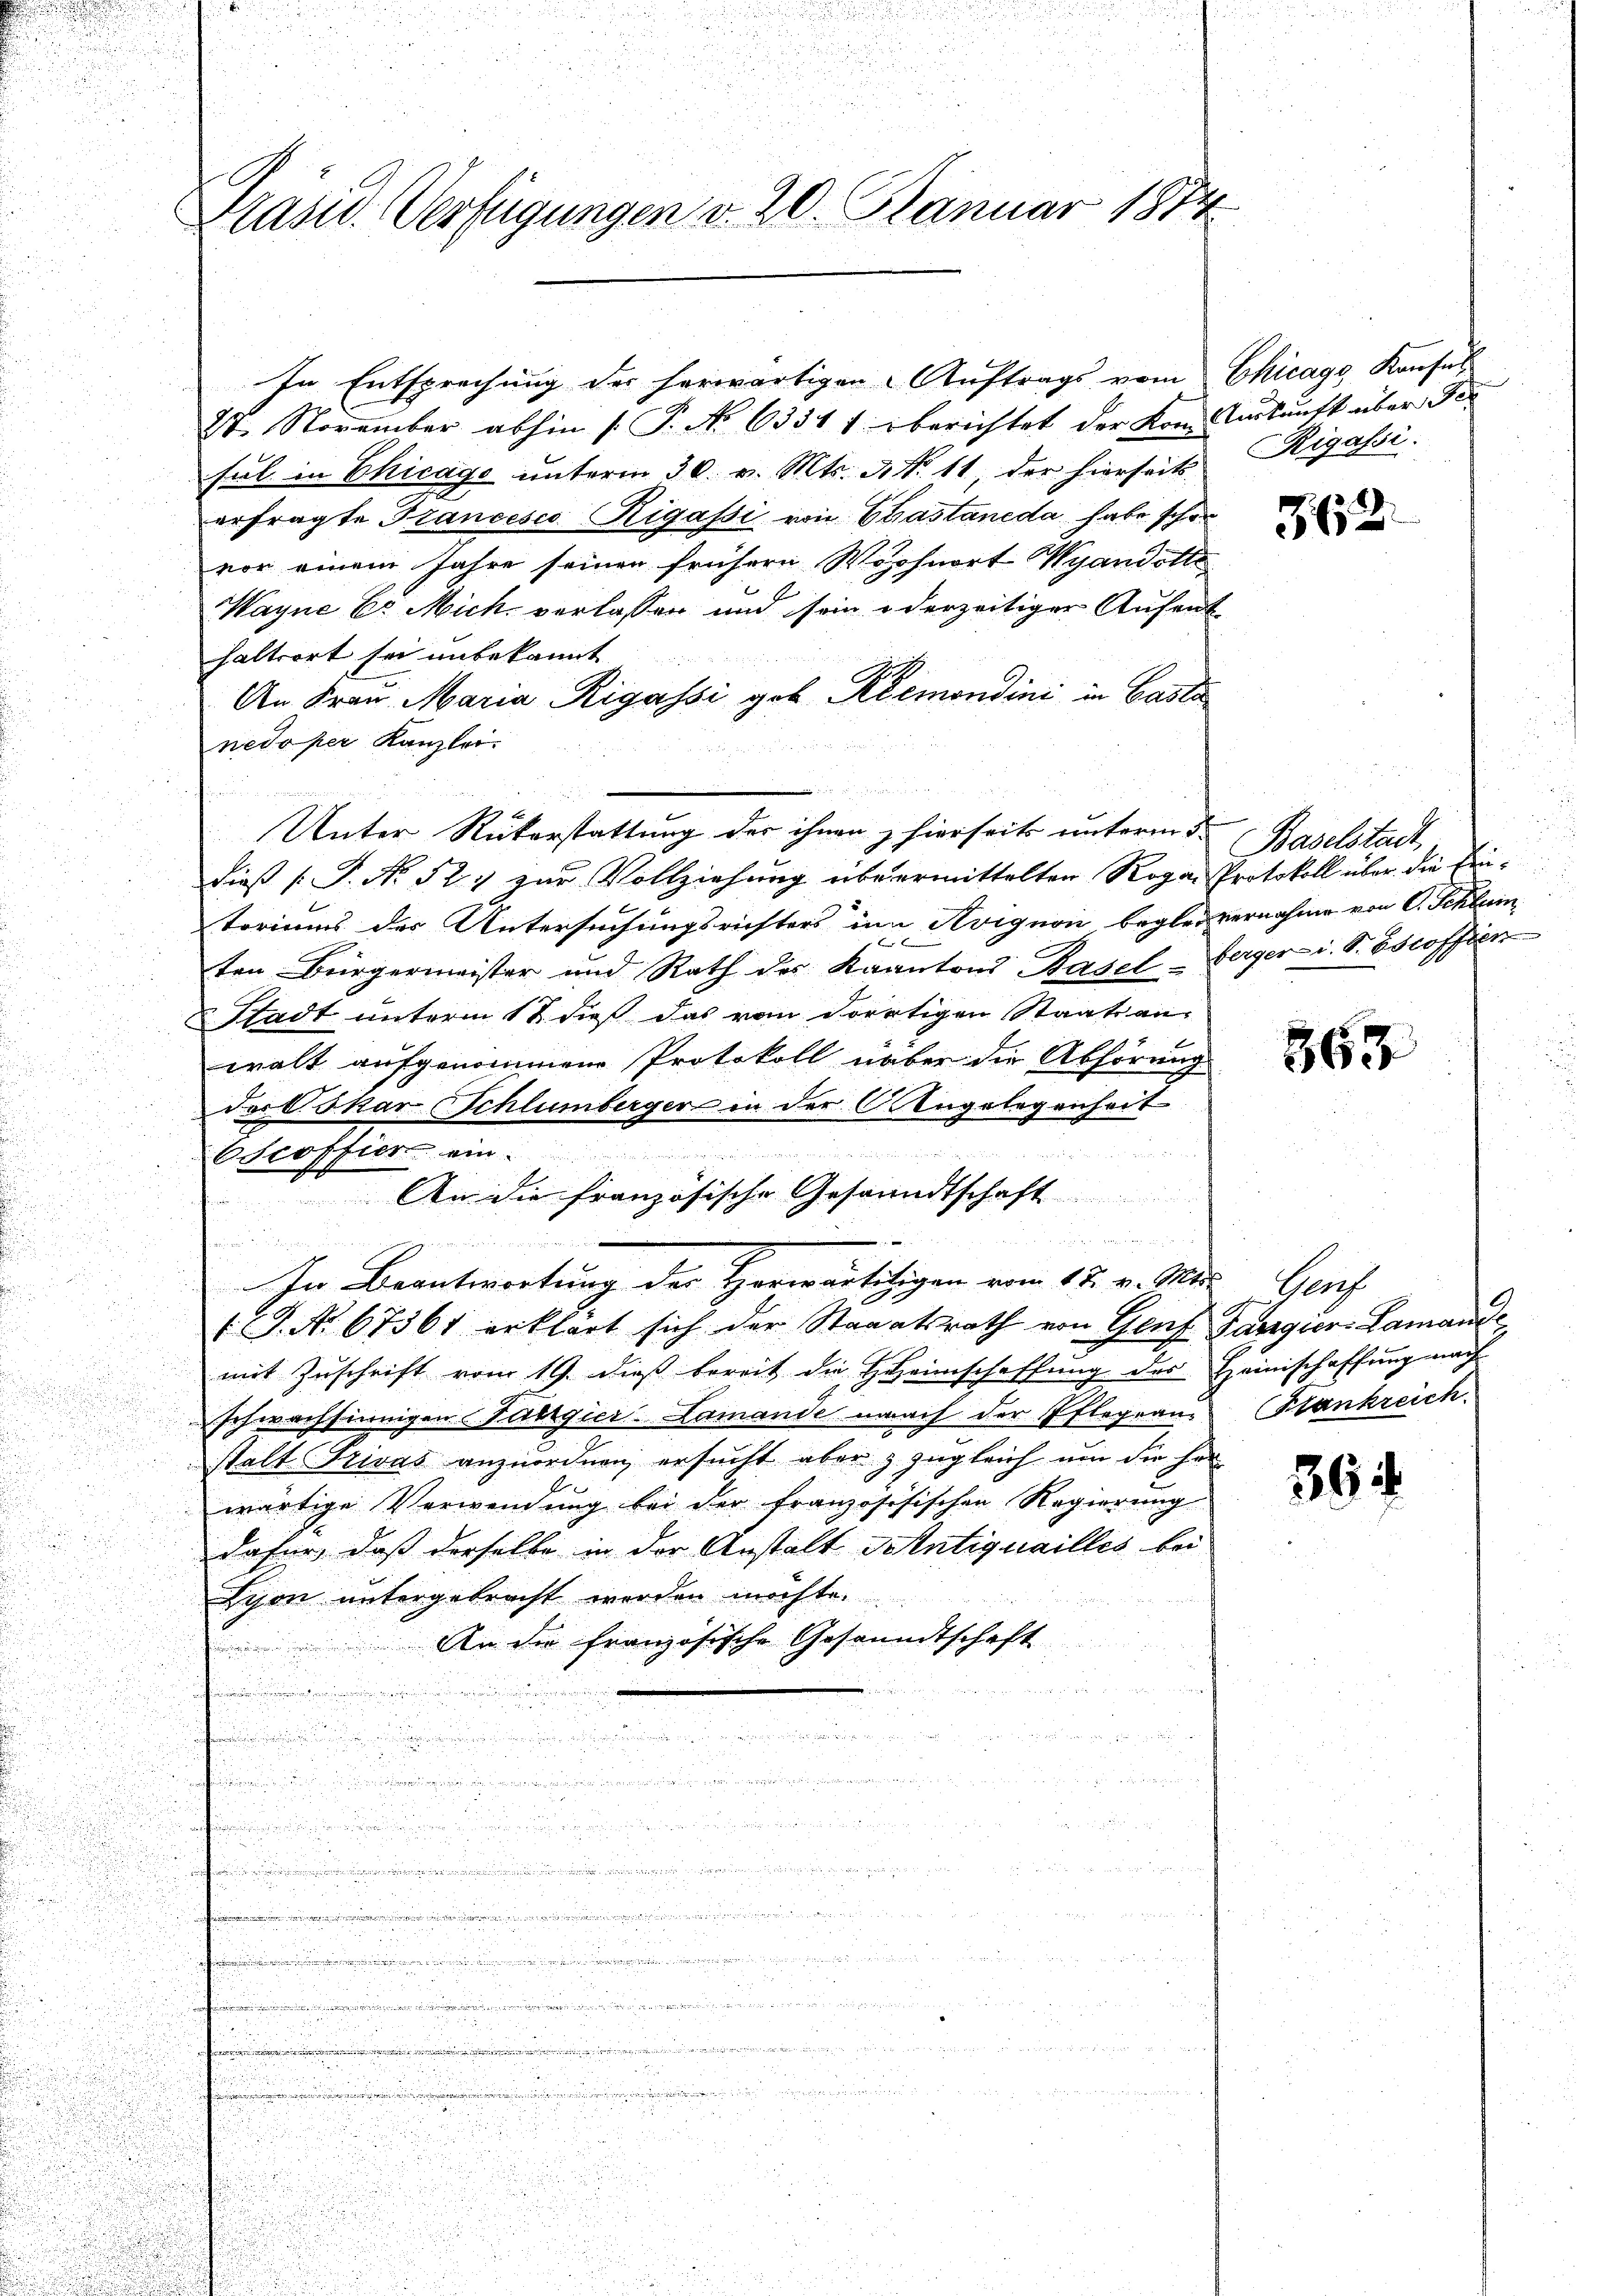
n
e

Präsid. Verfügungen v. 20. Januar 1874

In Entsprechung der herwärtigen Auftrags vom Chicago Konsul
St. November abhin (T. No 6331 1 berichtet der Kon. Auskunft über der
sul in Chicago unterm 30. v. Mts. N. N. 11 der hierseits
erfragte Trancesco Rigassi von Chastaneda habe schon
vor einem Jahre seinen frühern Wohnort Wyandotte
Wayne Er Mich verlassen und sein oderzeitiger Aufent
haltsort sei unbekannt
An Frau Maria Rigassi geb Riemondini in Casta
nedaper Kanzlei.
u
Unter Rükerstattung der ihnen, hierseits unterm 5
dieß P. Nr. 52) zur Vollziehung übermittelten Roga Protokoll über die Freitoriums der Untersuchungsrichters um Avignon begler vernahme von C. Schlei¬
 20 x
ten Bürgermeister und Rath der Kaantons Baselberger- i. S. Bstoffen
Stadt unterm 18. dieß das von dortigen Staatsan-
walt aufgenommene Protokoll aber die Abhörung
Joctskar Schlümberger in der Angelegenheit

Oscoffier ein
An die französische Gesandtschaft

seine
 guer den in eine
n
In Beantwortung der Horwärtitigen vom 15. v. Mit Genf
G. No. 67361 erklärt sich der Staaatsrath von Genf Sargier-Lamant
mit Zuschrift vom 19. dieß bereit die HHeimschaffung des Heimschaffung nach
schwachsinnigen angier-Lamande nach der Pflegram Stankreich.
stalt Privas anzuordnen, ersucht aber z zugleich um die her
wärtige Verwendung bei der französisischen Regierung
dafür, daß derselbe in der Anstalt Antiquailles bei
Lyon untergebracht werden möchte.
An der französische Gesandtschaf
.
.
n
i

d

 23

.
i
.

e

Rigassi

362.

Baselstadt

363

394